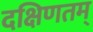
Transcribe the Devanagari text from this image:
दक्षिणतम्